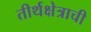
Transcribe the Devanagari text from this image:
तीर्थक्षेत्राची